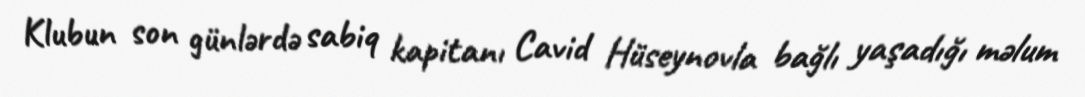
Klubun son günlərdə sabiq kapitanı Cavid Hüseynovla bağlı yaşadığı məlum